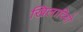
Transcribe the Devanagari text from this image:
खिलादियो